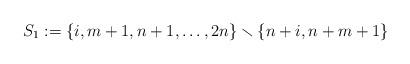
LaTeX: \begin{align*} S_1 := \{i,m+1,n+1,\dotsc,2n\}\smallsetminus\{n+i,n+m+1\}\end{align*}